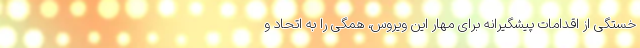
خستگی از اقدامات پیشگیرانه برای مهار این ویروس، همگی را به اتحاد و